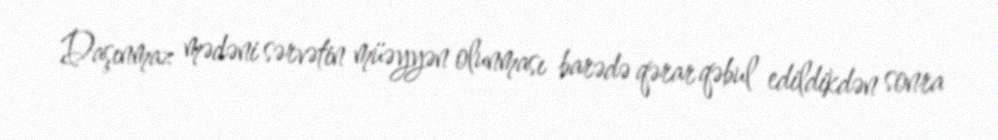
Daşınmaz mədəni sərvətin müəyyən olunması barədə qərar qəbul edildikdən sonra